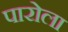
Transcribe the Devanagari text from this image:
पारोला